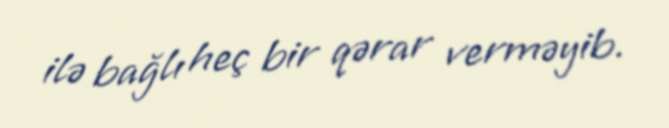
ilə bağlı heç bir qərar verməyib.